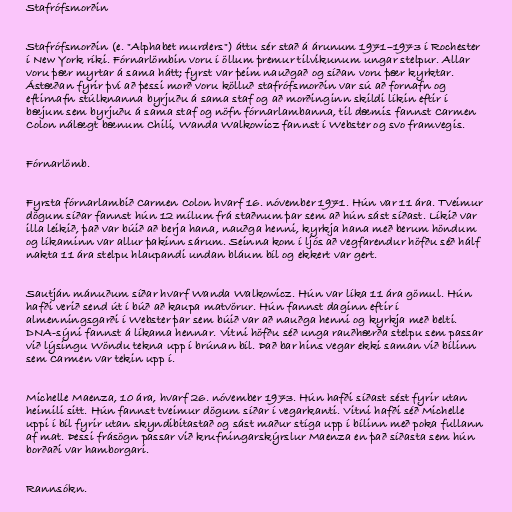
Stafrófsmorðin

Stafrófsmorðin (e. "Alphabet murders") áttu sér stað á árunum 1971–1973 í Rochester
í New York ríki. Fórnarlömbin voru í öllum þremur tilvikunum ungar stelpur. Allar
voru þær myrtar á sama hátt; fyrst var þeim nauðgað og síðan voru þær kyrktar.
Ástæðan fyrir því að þessi morð voru kölluð stafrófsmorðin var sú að fornafn og
eftirnafn stúlknanna byrjuðu á sama staf og að morðinginn skildi líkin eftir í
bæjum sem byrjuðu á sama staf og nöfn fórnarlambanna, til dæmis fannst Carmen
Colon nálægt bænum Chili, Wanda Walkowicz fannst í Webster og svo framvegis.

Fórnarlömb.

Fyrsta fórnarlambið Carmen Colon hvarf 16. nóvember 1971. Hún var 11 ára. Tveimur
dögum síðar fannst hún 12 mílum frá staðnum þar sem að hún sást síðast. Líkið var
illa leikið, það var búið að berja hana, nauðga henni, kyrkja hana með berum höndum
og líkaminn var allur þakinn sárum. Seinna kom í ljós að vegfarendur höfðu séð hálf
nakta 11 ára stelpu hlaupandi undan bláum bíl og ekkert var gert.

Sautján mánuðum síðar hvarf Wanda Walkowicz. Hún var líka 11 ára gömul. Hún
hafði verið send út í búð að kaupa matvörur. Hún fannst daginn eftir í
almenningsgarði í Webster þar sem búið var að nauðga henni og kyrkja með belti.
DNA-sýni fannst á líkama hennar. Vitni höfðu séð unga rauðhærða stelpu sem passar
við lýsingu Wöndu tekna upp í brúnan bíl. Það bar hins vegar ekki saman við bílinn
sem Carmen var tekin upp í.

Michelle Maenza, 10 ára, hvarf 26. nóvember 1973. Hún hafði síðast sést fyrir utan
heimili sitt. Hún fannst tveimur dögum síðar í vegarkanti. Vitni hafði séð Michelle
uppi í bíl fyrir utan skyndibitastað og sást maður stíga upp í bílinn með poka fullann
af mat. Þessi frásögn passar við krufningarskýrslur Maenza en það síðasta sem hún
borðaði var hamborgari.

Rannsókn.